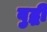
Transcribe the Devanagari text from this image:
वुद्धी